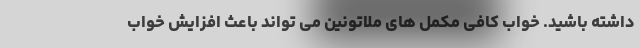
داشته باشید. خواب کافی مکمل های ملاتونین می تواند باعث افزایش خواب